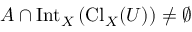
A \cap \operatorname { I n t } _ { X } \left( \operatorname { C l } _ { X } ( U ) \right) \neq \emptyset